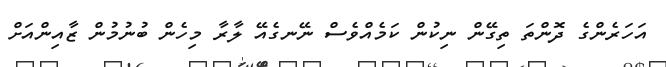
އަހަރެންގެ ދޮންތަ ތިގޭން ނިކުން ކަމެއްވެސް ނޭނގެއޭ ލާރާ މިހެން ބުނުމުން ޒާއިންއަށް